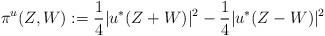
LaTeX: \begin{align*}\pi^u(Z,W) := \frac{1}{4} |u^*(Z+W)|^2-\frac{1}{4}|u^*(Z-W)|^2\end{align*}